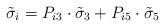
LaTeX: \begin{align*}\tilde\sigma_i=P_{i3}\cdot\tilde\sigma_3+P_{i5}\cdot\tilde\sigma_5 \end{align*}